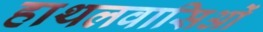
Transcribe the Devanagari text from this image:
हाथलवासिओं